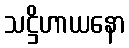
သဋ္ဌိဟာယနော